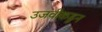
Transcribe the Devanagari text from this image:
उजवीकडुन